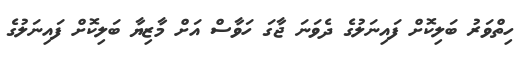
ހިތްވަރު ބަލިކޮށް ފައިނަލުގެ ދެވަނަ ޖާގަ ހަވާސް އަށް މާޒިޔާ ބަލިކޮށް ފަައިނަލުގެ